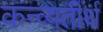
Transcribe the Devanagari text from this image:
कन्व्यतीर्थ